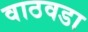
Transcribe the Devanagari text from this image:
वाठवडा